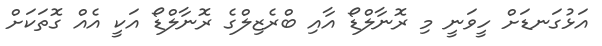
އަޅުގަނޑަށް ހީވަނީ މި ރޮނާލްޑޯ އާއި ބްރެޒިލްގެ ރޮނާލްޑޯ އަކީ އެއް ގޮތަކަށް